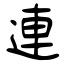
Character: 連